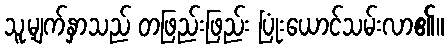
သူ့မျက်နှာသည် တဖြည်းဖြည်း ပြုံးယောင်သမ်းလာ၏။